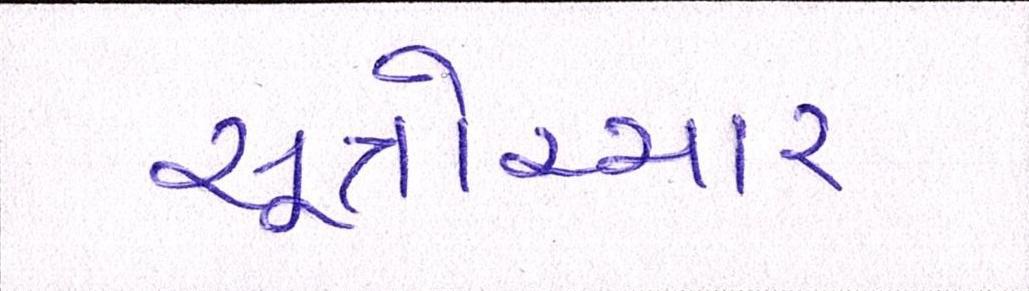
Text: સૂત્રોચ્ચાર